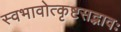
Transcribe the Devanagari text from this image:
स्वभावोत्कृष्टसद्भावः